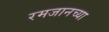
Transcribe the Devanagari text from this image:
रमजानच्या